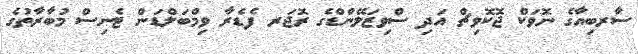
ސާރބިއާގެ ނޮވަކް ޖޮކޮވިޗް އަދި ސްވިޒަލޭންޑްގެ ރޮޖަރ ފެޑެރާ ވިމްބަލްޑަން ޓެނިސް މުބާރާތުގެ